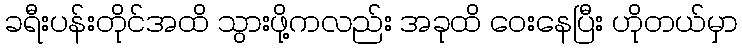
ခရီးပန်းတိုင်အထိ သွားဖို့ကလည်း အခုထိ ဝေးနေပြီး ဟိုတယ်မှာ